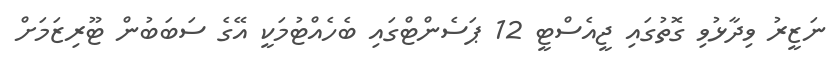
ނަޒީރު ވިދާޅުވި ގޮތުގައި ޖީއެސްޓީ 12 ޕަސެންޓްގައި ބެހެއްޓުމަކީ އޭގެ ސަބަބުން ޓޫރިޒަމަށް